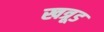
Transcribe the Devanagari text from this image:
खत्रूड